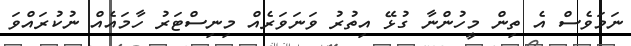
ނަމަވެސް އެ ތިން މީހުންނާ ގުޅޭ އިތުރު ވަނަވަރެއް މިނިސްޓަރު ހާމައެއް ނުކުރައްވަ